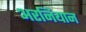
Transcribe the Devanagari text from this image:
अरनियान